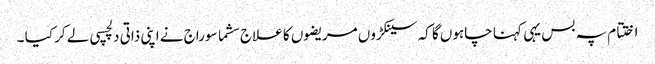
اختتام پہ بس یہی کہنا چاہوں گا کہ سینکڑوں مریضوں کا علاج سشما سوراج نے اپنی ذاتی دلچسپی لے کر کیا ۔